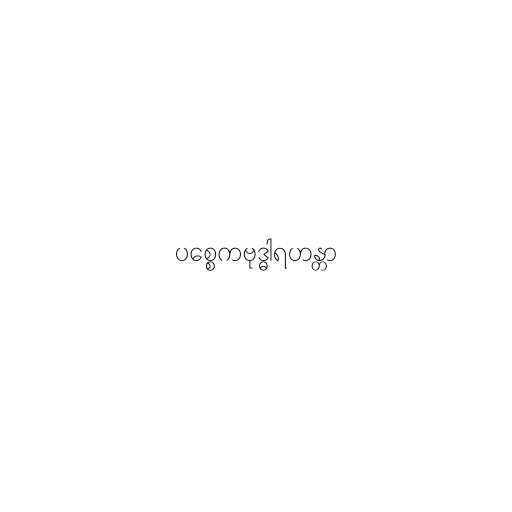
ပစ္စေကဗုဒ္ဓါရဟန္တာ